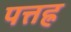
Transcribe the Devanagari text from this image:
पत्तह्र